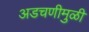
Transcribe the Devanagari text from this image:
अडचणीमुळी